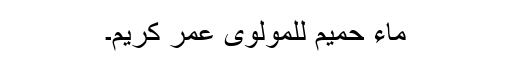
ماء حمیم للمولوی عمر کریم۔